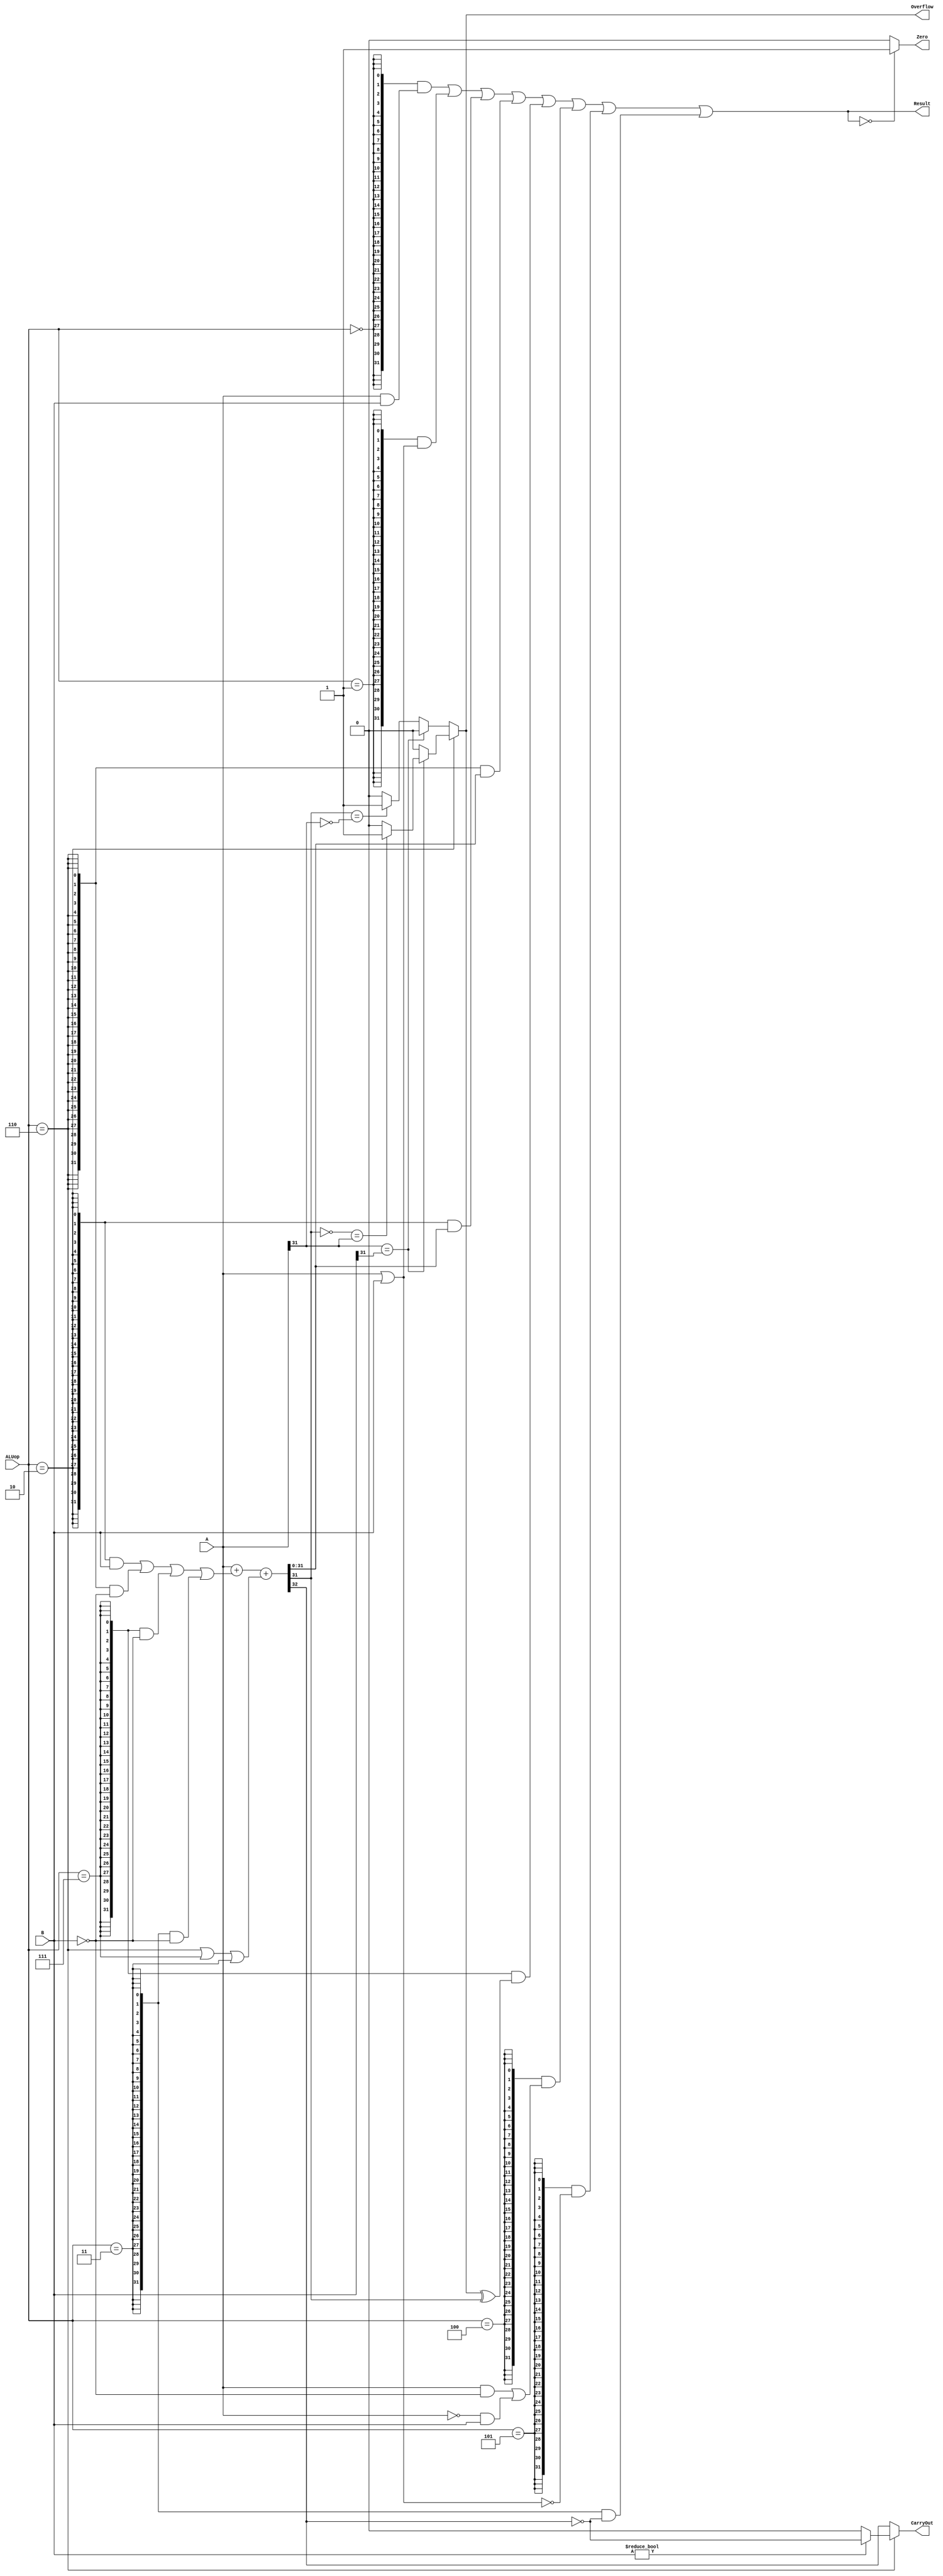
`timescale 10 ns / 1 ns

`define DATA_WIDTH 32

module alu(
	input  [`DATA_WIDTH - 1:0]  A,
	input  [`DATA_WIDTH - 1:0]  B,
	input  [              2:0]  ALUop,
	output                      Overflow,
	output                      CarryOut,
	output                      Zero,
	output [`DATA_WIDTH - 1:0]  Result
);//
	//
	// `define ALL_ONE {32{1'b1}}
	// `define ALL_ZERO 32'b0
	`define ADD 3'b010
	`define AND 3'b000
	`define SUB 3'b110
	`define SLT 3'b111

	`define OR 3'b001
	`define XOR 3'b100
	`define NOR 3'b101 
	`define SLTU 3'b011
 //
//
	
	wire[`DATA_WIDTH-1:0] ADD_ ={32{ALUop==`ADD}};
	wire[`DATA_WIDTH-1:0] AND_ ={32{ALUop==`AND}};
	wire[`DATA_WIDTH-1:0] SUB_ ={32{ALUop==`SUB}};
	wire[`DATA_WIDTH-1:0] SLT_ ={32{ALUop==`SLT}};
	wire[`DATA_WIDTH-1:0] OR_ ={32{ALUop==`OR}};
	wire[`DATA_WIDTH-1:0] XOR_={32{ALUop==`XOR}};
	wire[`DATA_WIDTH-1:0]NOR_={32{ALUop==`NOR}};
	wire[`DATA_WIDTH-1:0]SLTU_={32{ALUop==`SLTU}};
//
	wire cin,Cout;
	wire[31:0]a;
	wire[31:0]b;

	wire[`DATA_WIDTH-1:0]sum;
	assign {Cout,sum}=a+b+cin;
//
	assign a=A;
	assign b=(ADD_&B)|(SUB_&~B)|(SLT_&~B)|(SLTU_&~B);//
	assign cin=	((ALUop==`SUB)&1)|
			((ALUop==`SLT)&1)|
			((ALUop==`SLTU)&1);
	assign Result=	(AND_&(A&B))|
			(OR_&(A|B))|
			(ADD_&sum)|
			(SUB_&sum)|
			{32{ALUop==`SLT}}&{31'b0,(Overflow^sum[`DATA_WIDTH-1])}|
			({32{(ALUop==`XOR)}}&((A&~B)|(~A&B)))|
			({32{(ALUop==`NOR)}}&~(A|B))|//
			({32{ALUop==`SLTU}}&{31'b0,(~Cout)});//A>B
	//assign CarryOut=(A[31]&~B[31])|(A[31]&~Result[31])|(~B[31]&~Result[31]);
	assign CarryOut=(ALUop==`SUB)?(B?~Cout:0):Cout;
	assign Zero=(Result==32'b0)?1:0;
	//
	assign Overflow=(ALUop==`ADD)?(A[31]==B[31]?((~sum[31]==A[31])?1:0):0):((A[31]==B[31])?0:((sum[31]==~A[31])?1:0));


	// TODO: Please add your logic design here

endmodule